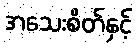
အသေးစိတ်နှင့်